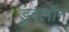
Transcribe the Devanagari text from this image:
डुबलॉन